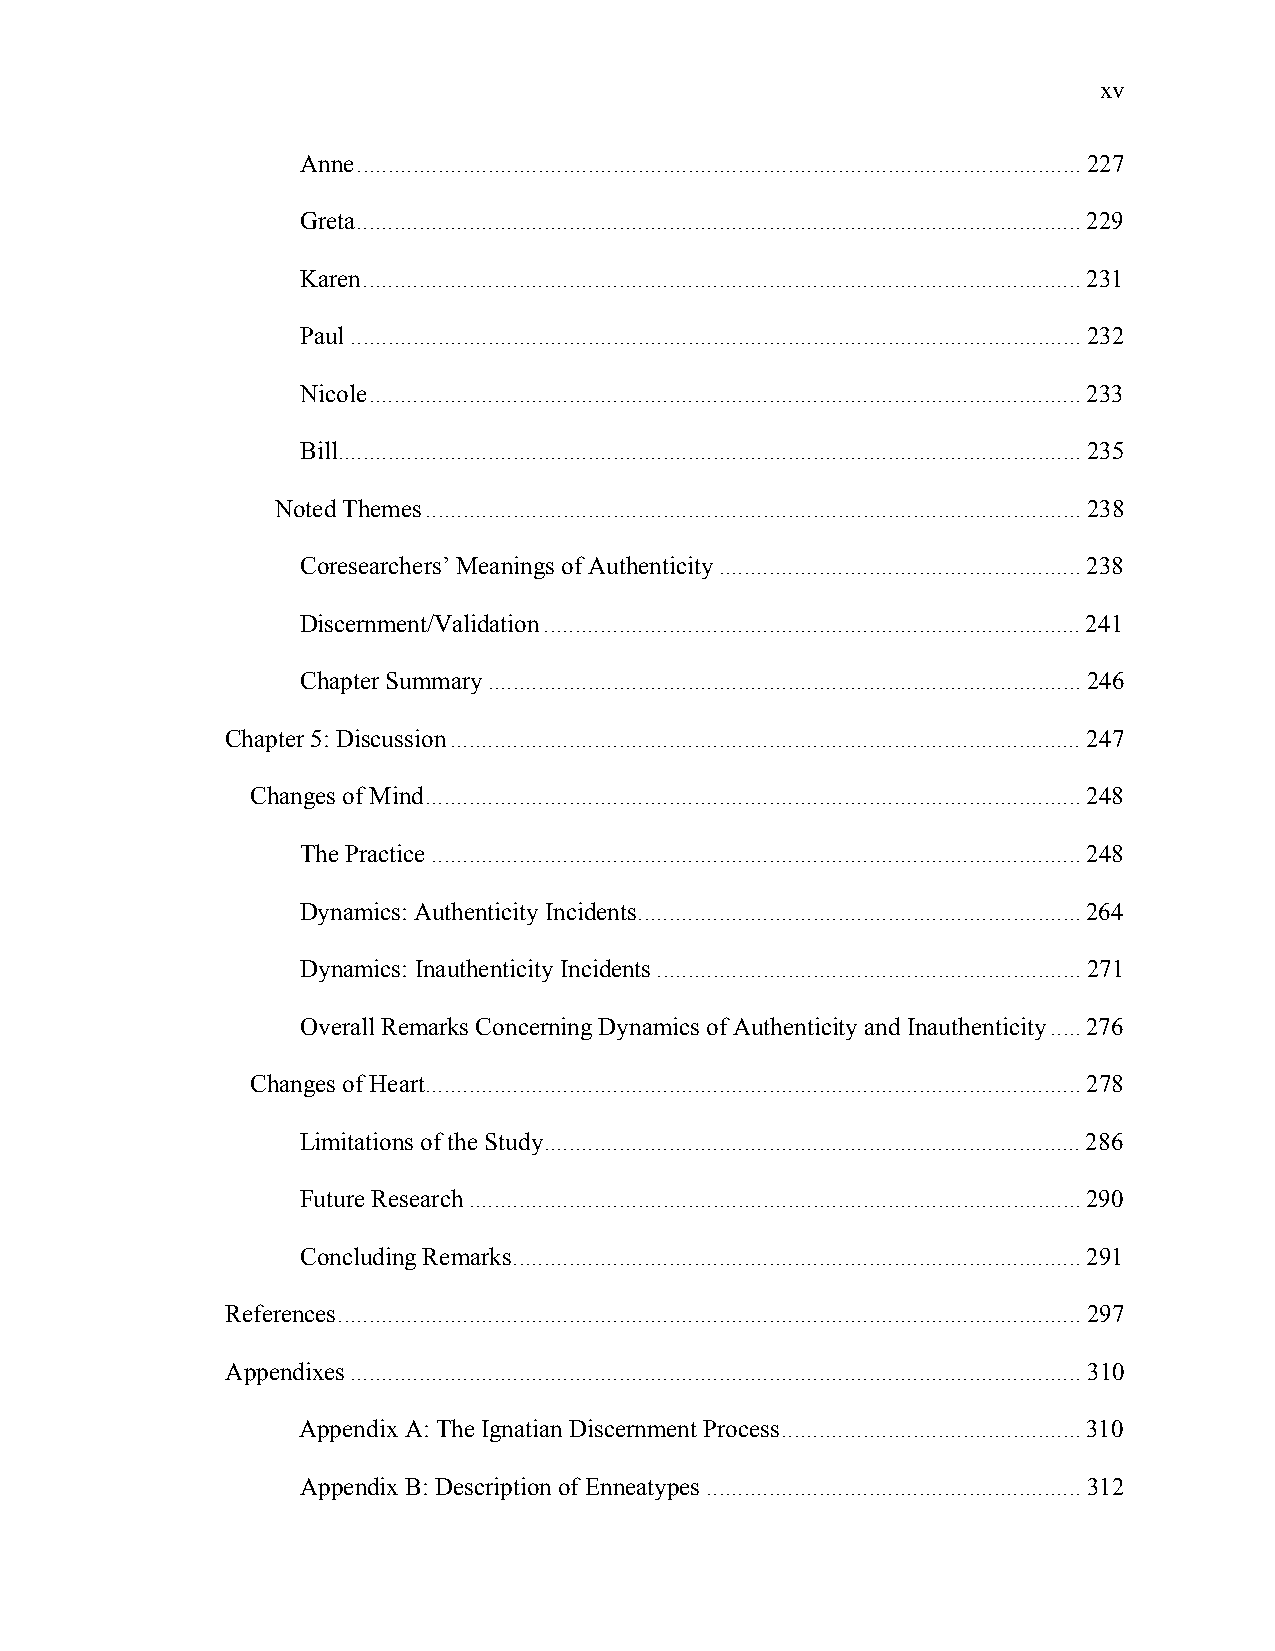
xv
 Anne....................................................................................................................227
 Greta....................................................................................................................229
 Karen...................................................................................................................231
 Paul.....................................................................................................................232
 Nicole..................................................................................................................233
 Bill.......................................................................................................................235
 Noted Themes.........................................................................................................238
 Coresearchers’ Meanings of Authenticity..........................................................238
 Discernment/Validation......................................................................................241
 Chapter Summary...............................................................................................246
 Chapter 5: Discussion.....................................................................................................247
 Changes of Mind.........................................................................................................248
 The Practice........................................................................................................248
 Dynamics: Authenticity Incidents.......................................................................264
 Dynamics: Inauthenticity Incidents....................................................................271
 Overall Remarks Concerning Dynamics of Authenticity and Inauthenticity.....276
 Changes of Heart.........................................................................................................278
 Limitations of the Study......................................................................................286
 Future Research..................................................................................................290
 Concluding Remarks...........................................................................................291
 References.......................................................................................................................297
 Appendixes.....................................................................................................................310
 Appendix A: The Ignatian Discernment Process................................................310
 Appendix B: Description of Enneatypes............................................................312